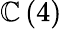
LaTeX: \mathbb{C}\left(4\right)